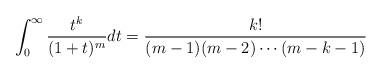
LaTeX: \begin{align*}\int_{0}^{\infty}\frac{t^{k}}{(1+t)^{m}}dt=\frac{k!}{(m-1)(m-2)\cdots(m-k-1)}\end{align*}